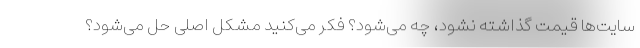
سایت‌ها قیمت گذاشته نشود، چه می‌شود؟ فکر می‌کنید مشکل اصلی حل می‌شود؟